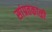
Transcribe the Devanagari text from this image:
सांप्रतकाळी